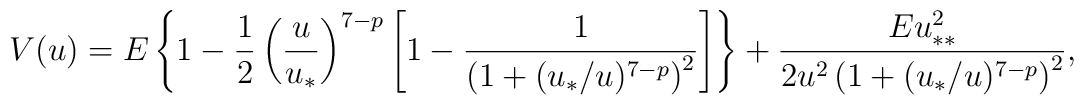
V(u)=E\left \{1-\frac{1}{2}\left(\frac{u}{u_*}\right)^{7-p} \left [1-\frac{1}{\left(1+(u_*/u)^{7-p}\right)^2}\right] \right\} +\frac{Eu_{**}^2}{2u^2 \left (1+(u_*/u)^{7-p}\right)^2},